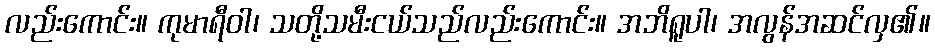
လည်းကောင်း။ ကုမာရီဝါ၊ သတို့သမီးငယ်သည်လည်းကောင်း။ အဘိရူပါ၊ အလွန်အဆင်လှ၏။